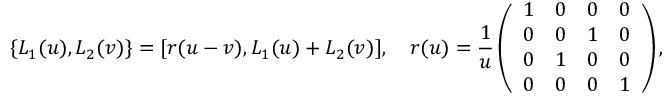
\{ L _ { 1 } ( u ) , L _ { 2 } ( v ) \} = [ r ( u - v ) , L _ { 1 } ( u ) + L _ { 2 } ( v ) ] , \quad r ( u ) = { \frac { 1 } { u } } \left( \begin{array} { l l l l } { { 1 } } & { { 0 } } & { { 0 } } & { { 0 } } \\ { { 0 } } & { { 0 } } & { { 1 } } & { { 0 } } \\ { { 0 } } & { { 1 } } & { { 0 } } & { { 0 } } \\ { { 0 } } & { { 0 } } & { { 0 } } & { { 1 } } \end{array} \right) ,